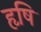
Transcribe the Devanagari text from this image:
हृषि